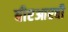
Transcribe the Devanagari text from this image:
बीएआरबी